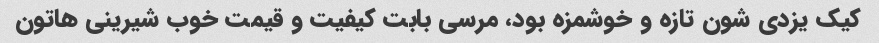
کیک یزدی شون تازه و خوشمزه بود، مرسی بابت کیفیت و قیمت خوب شیرینی هاتون